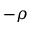
- \rho